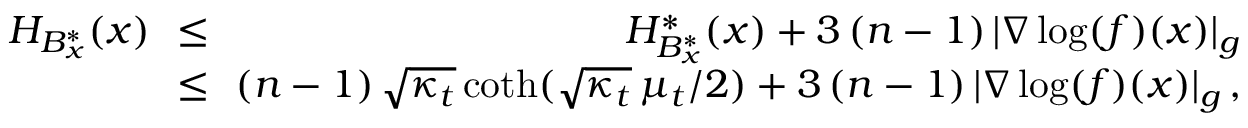
\begin{array} { r l r } { H _ { B _ { x } ^ { * } } ( x ) \! \! } & { \le } & { \! \! H _ { B _ { x } ^ { * } } ^ { * } ( x ) + 3 \, ( n - 1 ) \, | \nabla \log ( f ) ( x ) | _ { g } } \\ { \! \! } & { \le } & { \! \! ( n - 1 ) \, \sqrt { \kappa _ { t } } \, \mathrm { c o t h } ( \sqrt { \kappa _ { t } } \, \mu _ { t } / 2 ) + 3 \, ( n - 1 ) \, | \nabla \log ( f ) ( x ) | _ { g } \, , } \end{array}